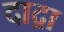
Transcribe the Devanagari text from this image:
दाद्रा